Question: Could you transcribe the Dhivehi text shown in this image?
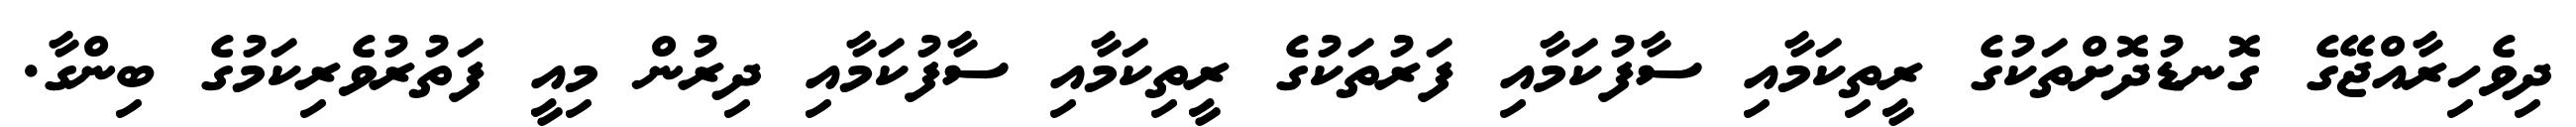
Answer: ދިވެހިރާއްޖޭގެ ގޮނޑުދޮށްތަކުގެ ރީތިކަމާއި ސާފުކަމާއި ފަރުތަކުގެ ރީތިކަމާއި ސާފުކަމާއި ދިރުން މިއީ ފަތުރުވެރިކަމުގެ ބިންގާ.